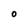
Character: O